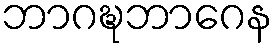
ဘာဂဍ္ဎဘာဂေန